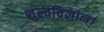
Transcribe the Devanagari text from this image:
शुल्वविज्ञान।